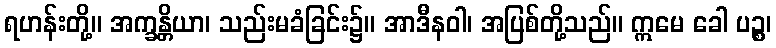
ရဟန်းတို့။ အက္ခန္တိယာ၊ သည်းမခံခြင်း၌။ အာဒီနဝါ၊ အပြစ်တို့သည်။ ဣမေ ခေါ ပဉ္စ၊